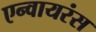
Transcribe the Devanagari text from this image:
एन्वायरंस